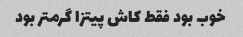
خوب بود فقط کاش پیتزا گرمتر بود